Leaving Certificate Examination, 1920
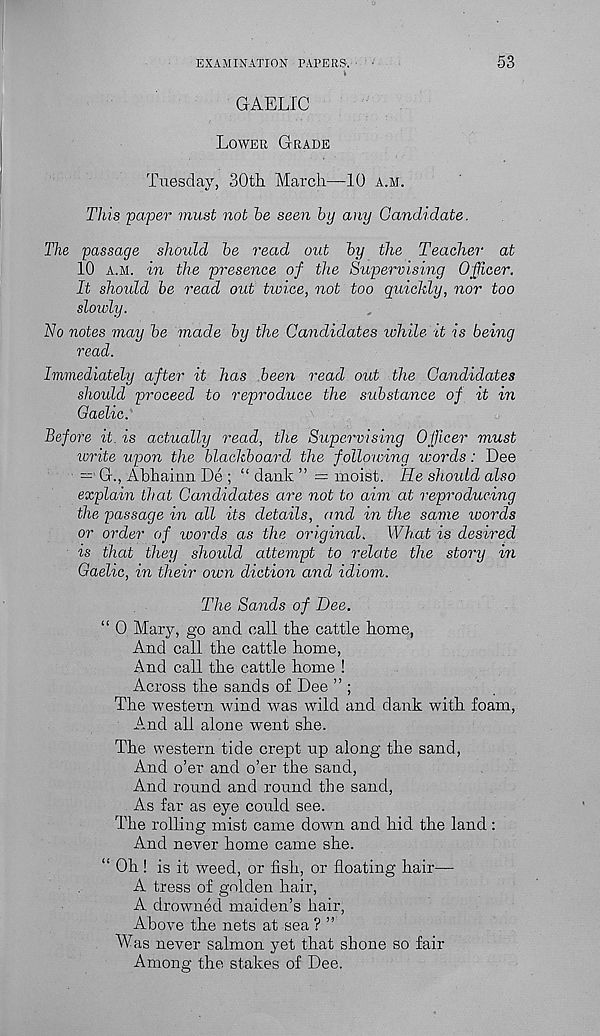
EXAMINATION PAPERS.
53
GAELIC
Lower Grade
Tuesday, 30th March—10 a.m.
This paper must not he seen by any Candidate.
The passage should he read out hy the Teacher at
10 a.m. in the presence of the Supervising Officer.
It should he read out tioice, not too quickly, nor too
slowly.
No notes may he made hy the Candidates while it is being
read.
Immediately after it has been read out the Candidates
should proceed to reproduce the substance of it in
Gaelic.
Before it. is actually read, the Supervising Officer must
write upon the blackboard the following words : Dee
— G., Abhainn De ; “ dank ” = moist. He should also
explain that Candidates are not to aim at reproducing
the passage in all its details, and in the same words
or order of words as the original. What is desired
is that they should attempt to relate the story in
Gaelic, in their own diction and idiom.
The Sands of Dee.
“ 0 Mary, go and call the cattle home,
And call the cattle home,
And call the cattle home !
Across the sands of Dee ” ;
The western wind was wild and dank with foam,
Amd all alone wmnt she.
The western tide crept up along the sand,
And o’er and o’er the sand,
And round and round the sand,
As far as eye could see.
The rolling mist came down and hid the land :
And never home came she.
“ Oh! is it weed, or fish, or floating hair—
A tress of golden hair,
A drowned maiden’s hair,
Above the nets at sea ? ”
Was never salmon yet that shone so fair
Among the stakes of Dee.